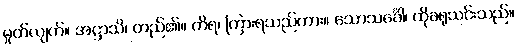
မှုတ်လျက်။ အဋ္ဌာသိ၊ တည်၏။ ကိရ၊ ကြားရသည်ကား။ သောသင်္ခေါ၊ ထိုခရုသင်းသည်။